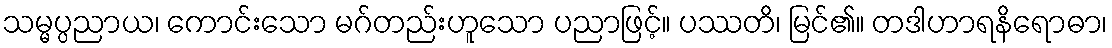
သမ္မပ္ပညာယ၊ ကောင်းသော မဂ်တည်းဟူသော ပညာဖြင့်။ ပဿတိ၊ မြင်၏။ တဒါဟာရနိရောဓာ၊